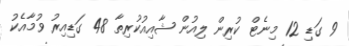
9 ގަޑި 12 މިނެޓް ކުރިން ލިއުން ޝާއިއުކުރިތާ 48 ގަޑިއިރު ވުމާއެކު